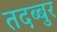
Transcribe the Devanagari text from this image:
तदब्बुर